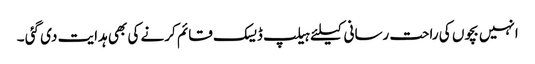
انہیں بچوں کی راحت رسانی کیلئے ہیلپ ڈیسک قائم کرنے کی بھی ہدایت دی گئی ۔